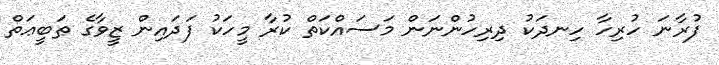
ފުރާނަ ހުރިހާ ހިނދަކު ދިރިހުންނަން މަސައްކަތް ކުރާ މީހަކު ފަދައިން ޒީވާގެ ޠަބީޢަތް